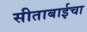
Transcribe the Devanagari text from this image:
सीताबाईचा